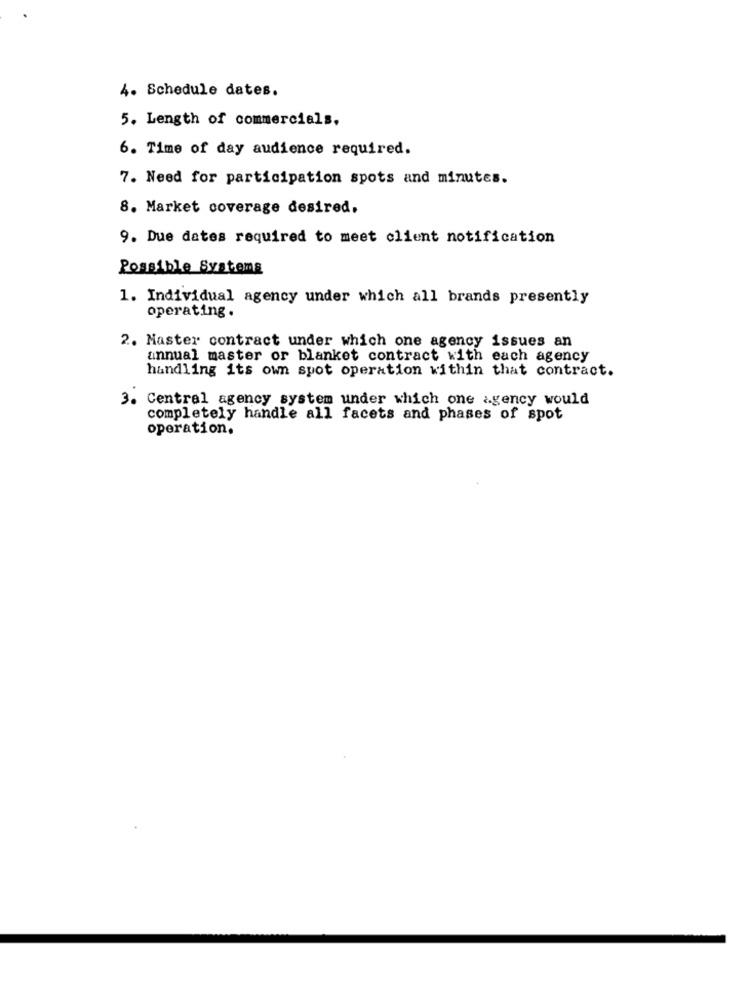
4. Schedule dates.
5. Length of commercials.
6. Time of day audience required.
7. Need for participation spots and minutes.
8. Market coverage desired,
9. Due dates required to meet client notification
Possible Systems
1. Individual agency under which all brands presently
operating.
2. Master contract under which one agency issues an
annual master or blanket contract with each agency
handling its own spot operation within that contract.
3. Central agency system under which one agency would
completely handle all facets and phases of spot
operation.